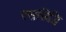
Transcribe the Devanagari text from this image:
रससिद्धि